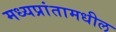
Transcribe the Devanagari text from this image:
मध्यप्रांतामधील